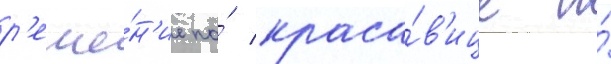
р'еше́н'ие по́ краса́в'ице и́